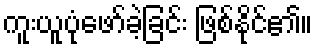
ကူးယူပုံဖော်ခဲ့ခြင်း ဖြစ်နိုင်၏။